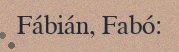
Fábián, Fabó: